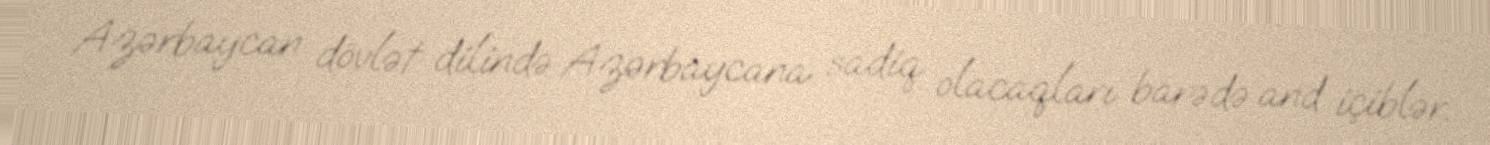
Azərbaycan dövlət dilində Azərbaycana sadiq olacaqları barədə and içiblər.